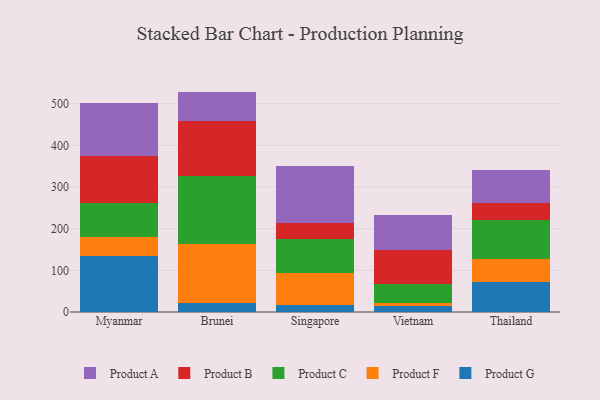
{"axis": {"x": "Country", "y": "Operating Costs (USD K)"}, "legend": ["Product A", "Product B", "Product C", "Product F", "Product G"], "data": [{"x": "Myanmar", "y": 134.3, "type": "Product G"}, {"x": "Myanmar", "y": 46.8, "type": "Product F"}, {"x": "Myanmar", "y": 80.0, "type": "Product C"}, {"x": "Myanmar", "y": 112.7, "type": "Product B"}, {"x": "Myanmar", "y": 128.4, "type": "Product A"}, {"x": "Brunei", "y": 21.1, "type": "Product G"}, {"x": "Brunei", "y": 142.5, "type": "Product F"}, {"x": "Brunei", "y": 162.5, "type": "Product C"}, {"x": "Brunei", "y": 132.5, "type": "Product B"}, {"x": "Brunei", "y": 70.4, "type": "Product A"}, {"x": "Singapore", "y": 18.0, "type": "Product G"}, {"x": "Singapore", "y": 74.9, "type": "Product F"}, {"x": "Singapore", "y": 81.6, "type": "Product C"}, {"x": "Singapore", "y": 39.3, "type": "Product B"}, {"x": "Singapore", "y": 136.9, "type": "Product A"}, {"x": "Vietnam", "y": 14.4, "type": "Product G"}, {"x": "Vietnam", "y": 8.0, "type": "Product F"}, {"x": "Vietnam", "y": 45.4, "type": "Product C"}, {"x": "Vietnam", "y": 80.3, "type": "Product B"}, {"x": "Vietnam", "y": 84.6, "type": "Product A"}, {"x": "Thailand", "y": 70.9, "type": "Product G"}, {"x": "Thailand", "y": 55.5, "type": "Product F"}, {"x": "Thailand", "y": 95.3, "type": "Product C"}, {"x": "Thailand", "y": 38.8, "type": "Product B"}, {"x": "Thailand", "y": 81.5, "type": "Product A"}]}